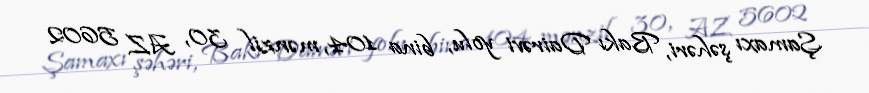
Şamaxı şəhəri, Bakı Dairəvi yolu, bina 104, mənzil 30, AZ 5602